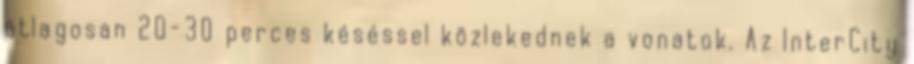
átlagosan 20-30 perces késéssel közlekednek a vonatok. Az InterCity